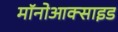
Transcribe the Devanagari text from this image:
मॉनोआक्साइड